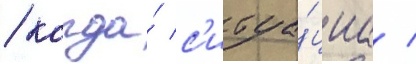
/ когда́ с'итуа́циа /